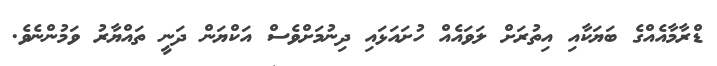
ޑްރާމާއެއްގެ ބަޔަކާއި އިތުރަށް ލަވައެއް ހުށައަޅައި ދިނުމަށްވެސް އަކްޔަން ދަނީ ތައްޔާރު ވަމުންނެވެ.